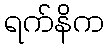
ရက်နိက